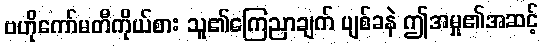
ဗဟိုကော်မတီကိုယ်စား သူ၏ကြေညာချက် ပျစ်ခနဲ ဤအမှု၏အဆင့်